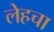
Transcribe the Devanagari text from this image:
लेहचा